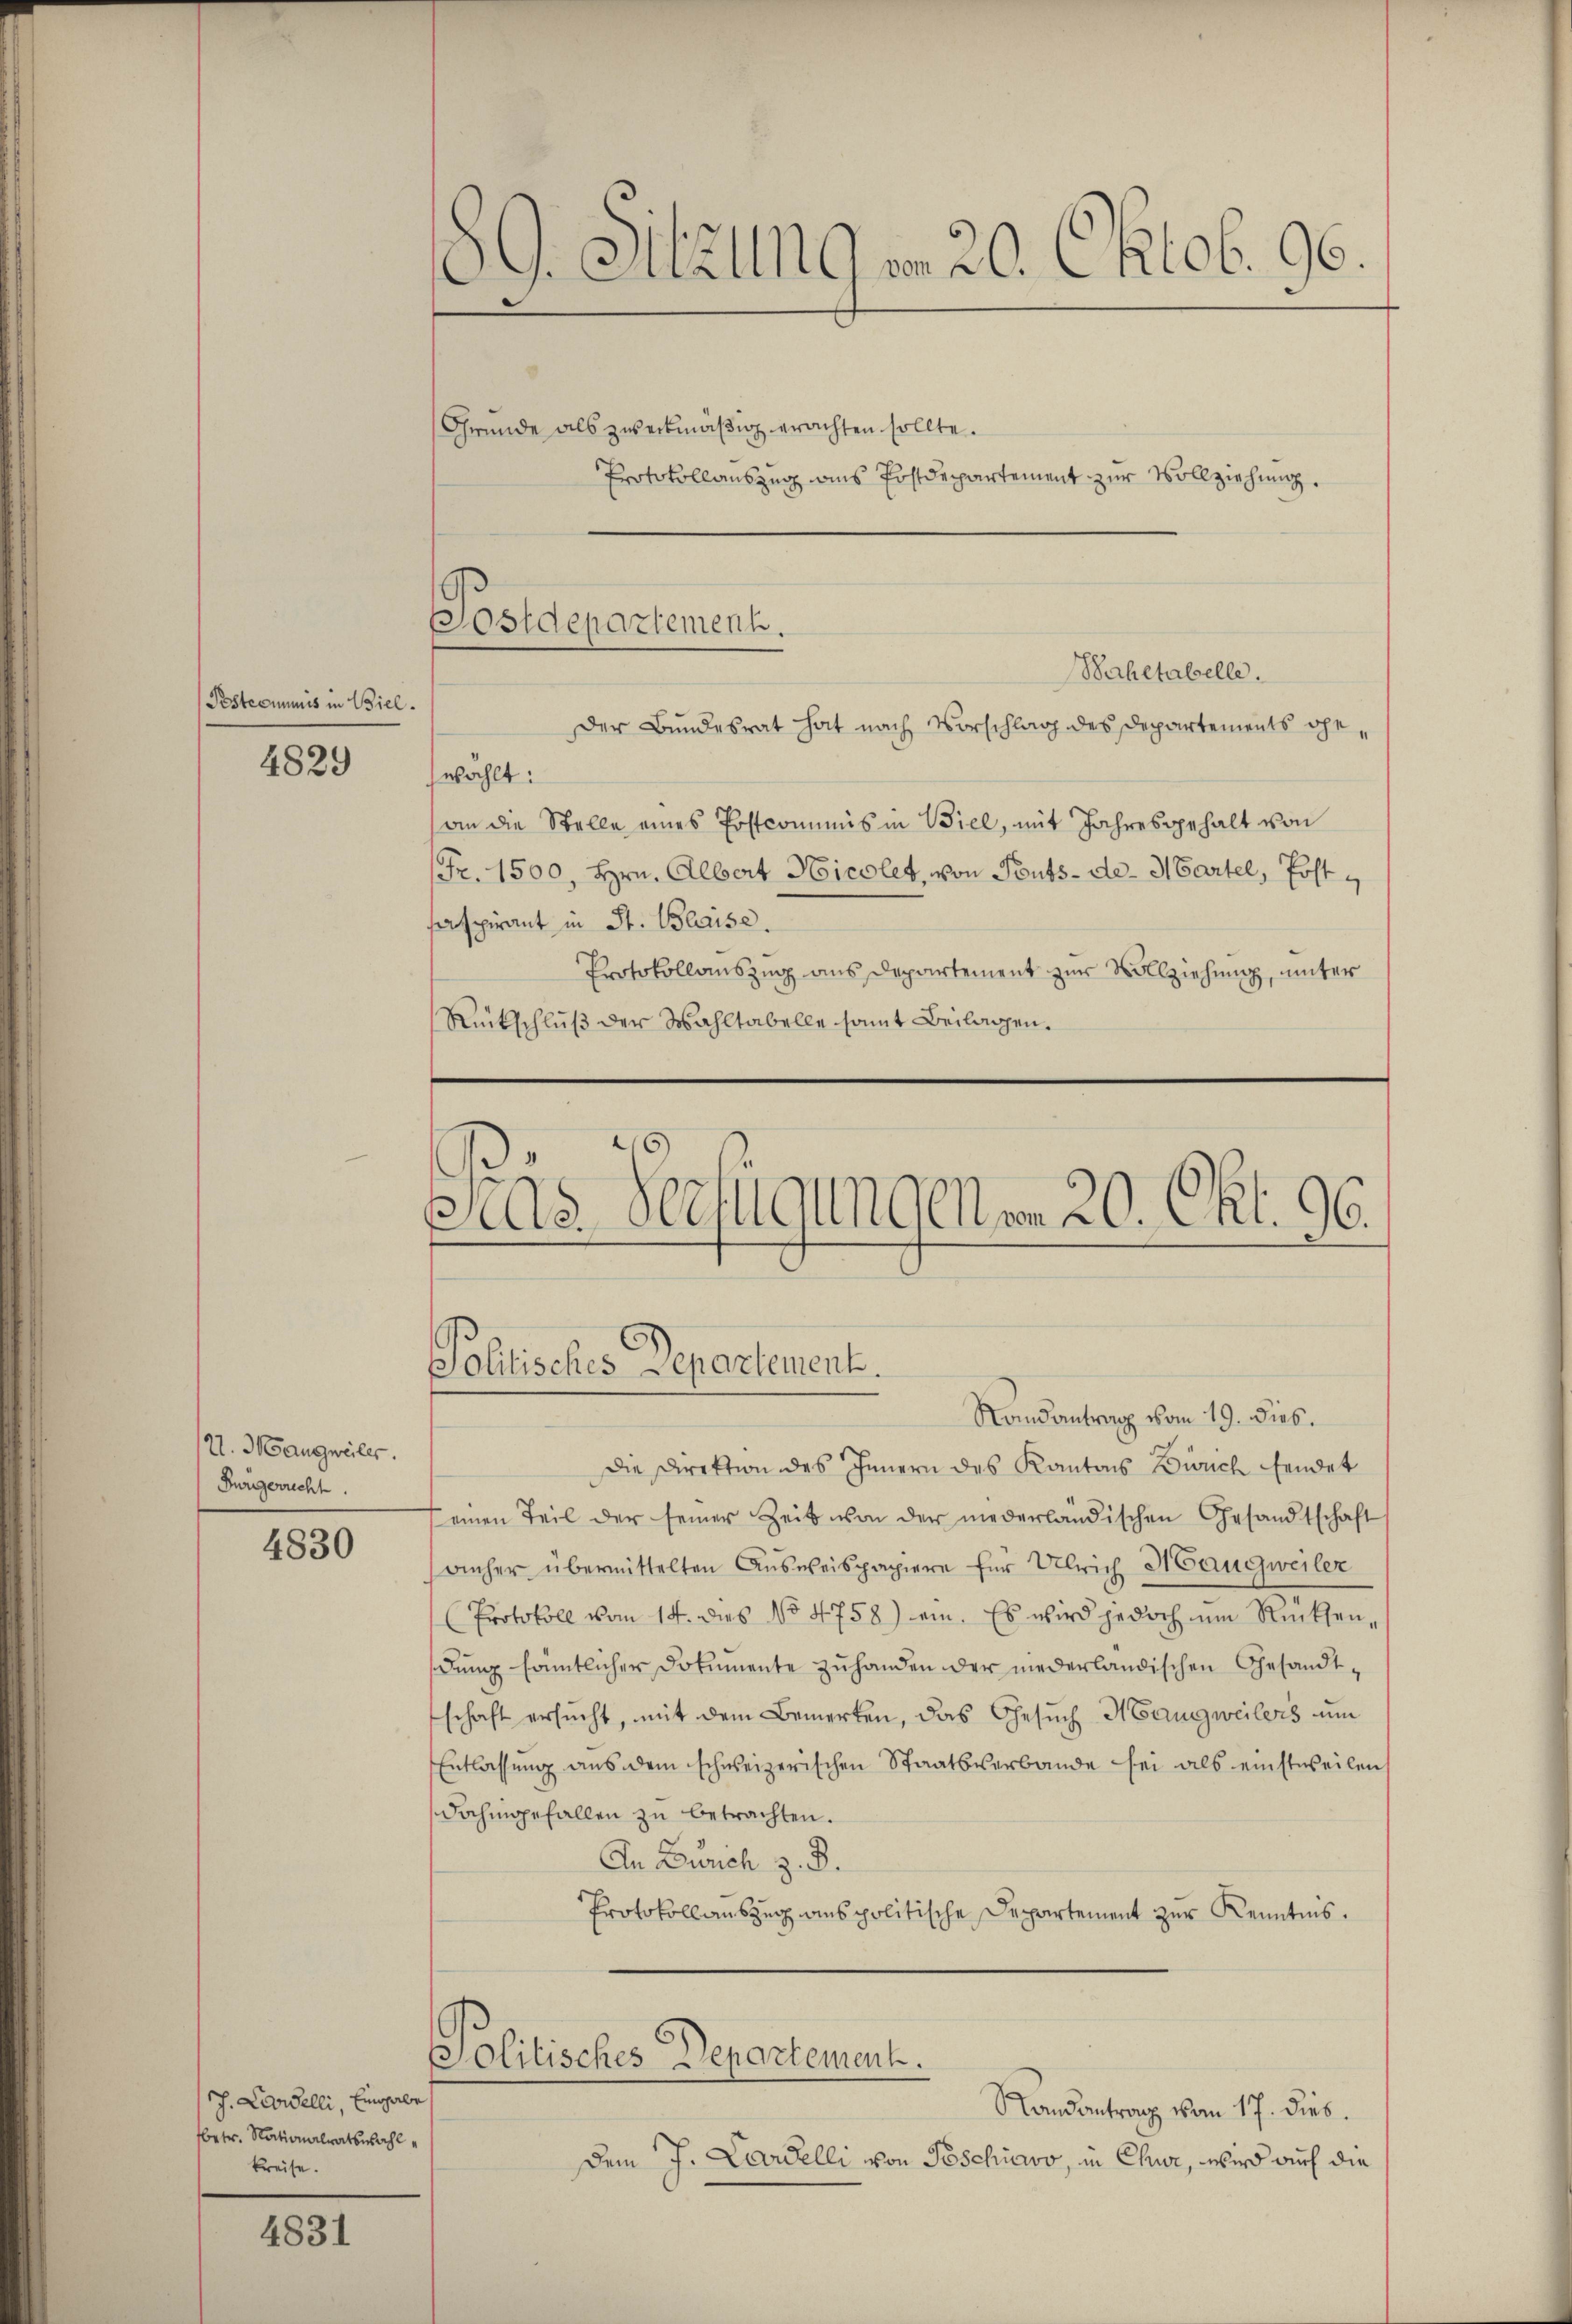
Pestcommis in Biel.
4829

21. Mangweiles.
Burgerrecht.

4830

4831

J. Lavelli, Eingabe
betr. Nationalratswahl
kreise.

89. Sitzung vom 20. Oktob. 96.

Postdepartement.

Protokollauszug aus Postdepartement zur Vollziehung.

Politisches Departement.

Randantrag vom 19. Dies
Die Direktion des Innern des Kantons Zürich sendet
(einen Teil der seiner Zeit von der niederländischen Gesandtschaft
anher übermittelten Aŭsweispapiere für Ulrich Hangweiler
(Protokoll vom 14. dies No 4758) ein. Es wird jedoch um Rücksendung sämtlicher Dokumente zuhanden der niederländischen Gesandtschaft ersucht, mit dem Bemerken, das Gesuch Haugweilers um
Entlassung aus dem schweizerischen Staatsverbande sei als einstweilen
dahingefallen zu betrachten.
An Zürich z. B.
Protokoll auszug aus politische Departement zur Kenntnis.
¬
Politisches Departement.
Randantrag vom 17. dies.
Dem J. Cardelli von Poschiavo, in Chur, wird auch die

Gründe als zweckmäßig erachten sollte.
Bahetabelle.
Der Bundesrat hat nach Vorschlag des Departements ge¬
Gewählt:
an die Stelle eines Postcommis in Biel, mit Jahresgehalt von
Fr. 1500, Hrn. Albert Hicolet, von Pents-de- Martel, Post
aspirant in St. Blaise.
Protokollauszug aus Departement zur Vollziehung, unter
Rückschluß der Wahltabelle samt Beilagen.
Sas Verfügungenen 20. Okt. 96.